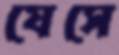
যেসে